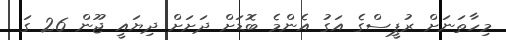
މިހާތަނަށް ރުޕީސްގެ އަގު އެންމެ ބޮޑަށް ދަށަށް ދިޔައީ ޖޫން 26 ގަ